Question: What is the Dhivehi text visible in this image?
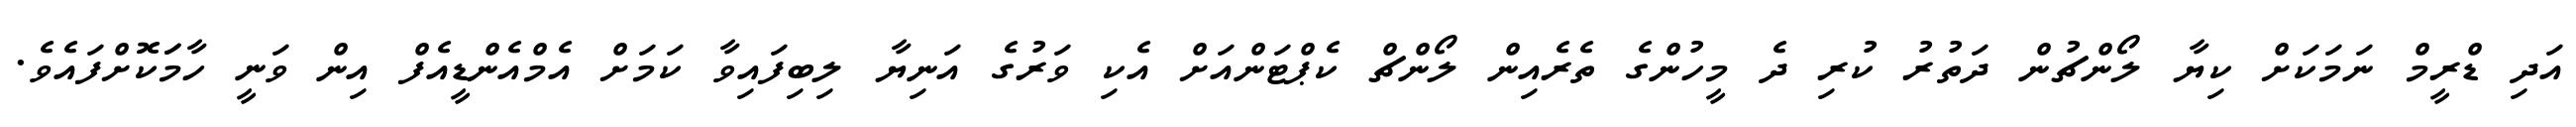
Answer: އަދި ޑްރީމް ނަމަކަށް ކިޔާ ލޯންޗުން ދަތުރު ކުރި ދެ މީހުންގެ ތެރެއިން ލޯންޗް ކެޕްޓަންއަށް އެކި ވަރުގެ އަނިޔާ ލިބިފައިވާ ކަމަށް އެމްއެންޑީއެފް އިން ވަނީ ހާމަަކޮށްފައެވެ.